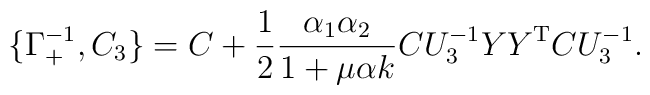
\{ \Gamma_+^{-1} , C_3\} = C + \frac{1}{2} \frac{\alpha_1 \alpha_2}{1 + \mu \alpha k} C U_3^{-1} Y Y^{\rm T} CU_3^{-1}.